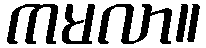
ကမလာ။